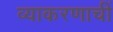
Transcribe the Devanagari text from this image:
व्याकरणाचीं